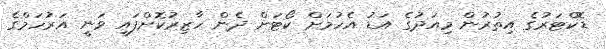
ޑޮކްޓަރުގެ އިތުރުން މިއަދުގެ އަޑު އެހުމަށް ކޯޓަށް ދެން ހާޒިރުކޮށްފައި ވަނީ އަރުހަމްގެ